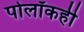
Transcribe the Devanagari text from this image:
पोलॉकही